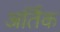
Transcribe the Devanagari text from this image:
अर्तिक